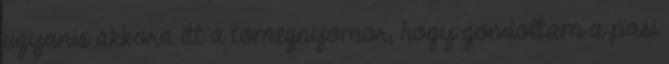
ugyanis akkora itt a tömegnyomor, hogy gondoltam a pasi